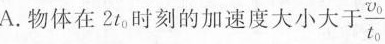
A.物体在2t_{0}时刻的加速度大小大于\frac{v_{0}}{t_{0}}